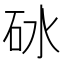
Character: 砅